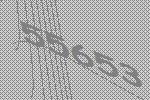
55653